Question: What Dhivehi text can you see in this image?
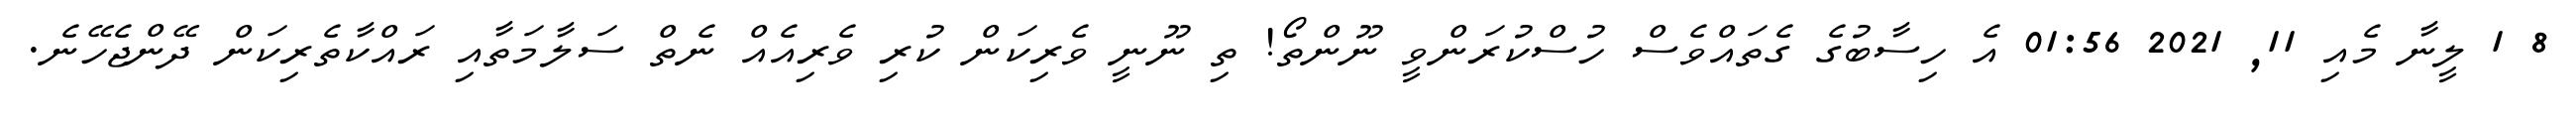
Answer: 8 1 ލީނާ މެއި 11, 2021 01:56 އެ ހިސާބުގެ ގެތައްވެސް ހުސްކުރަންވީ ނޫންތޯ! ތި ނޫނީ ވެރިކަން ކުރި ވެރިއެއް ނެތް ސަލާމަތާއި ރައްކާތެރިކަން ދޭންޖެހޭނެ.